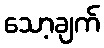
သော့ချက်